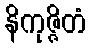
နိကုဇ္ဇိတံ